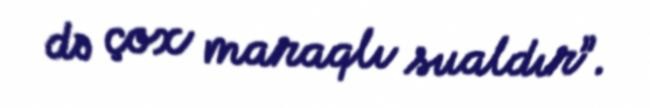
də çox maraqlı sualdır”.